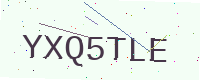
Text: YXQ5TLE